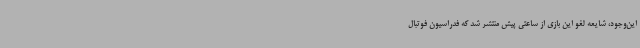
این‌وجود، شایعه لغو این بازی از ساعتی پیش منتشر شد که فدراسیون فوتبال